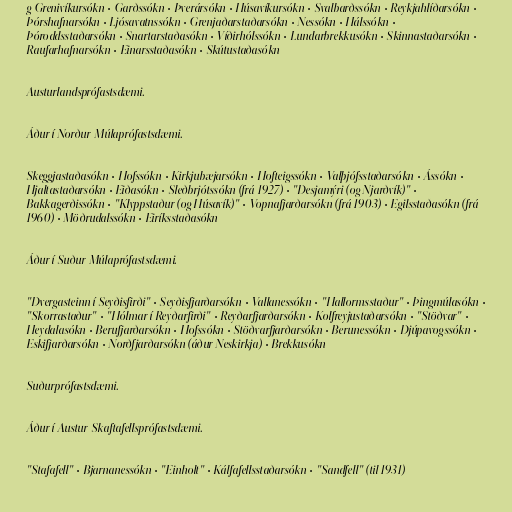
g Grenivíkursókn • Garðssókn • Þverársókn • Húsavíkursókn • Svalbarðssókn • Reykjahlíðarsókn •
Þórshafnarsókn • Ljósavatnssókn • Grenjaðarstaðarsókn • Nessókn • Hálssókn •
Þóroddsstaðarsókn • Snartarstaðasókn • Víðirhólssókn • Lundarbrekkusókn • Skinnastaðarsókn •
Raufarhafnarsókn • Einarsstaðasókn • Skútustaðasókn

Austurlandsprófastsdæmi.

Áður í Norður-Múlaprófastsdæmi.

Skeggjastaðasókn • Hofssókn • Kirkjubæjarsókn • Hofteigssókn • Valþjófsstaðarsókn • Ássókn •
Hjaltastaðarsókn • Eiðasókn • Sleðbrjótssókn (frá 1927) • "Desjamýri (og Njarðvík)" •
Bakkagerðissókn • "Klyppstaður (og Húsavík)" • Vopnafjarðarsókn (frá 1903) • Egilsstaðasókn (frá
1960) • Möðrudalssókn • Eiríksstaðasókn

Áður í Suður-Múlaprófastsdæmi.

"Dvergasteinn í Seyðisfirði" • Seyðisfjarðarsókn • Vallanessókn • "Hallormsstaður" • Þingmúlasókn •
"Skorrastaður" • "Hólmar í Reyðarfirði" • Reyðarfjarðarsókn • Kolfreyjustaðarsókn • "Stöðvar" •
Heydalasókn • Berufjarðarsókn • Hofssókn • Stöðvarfjarðarsókn • Berunessókn • Djúpavogssókn •
Eskifjarðarsókn • Norðfjarðarsókn (áður Neskirkja) • Brekkusókn

Suðurprófastsdæmi.

Áður í Austur-Skaftafellsprófastsdæmi.

"Stafafell" • Bjarnanessókn • "Einholt" • Kálfafellsstaðarsókn • "Sandfell" (til 1931)